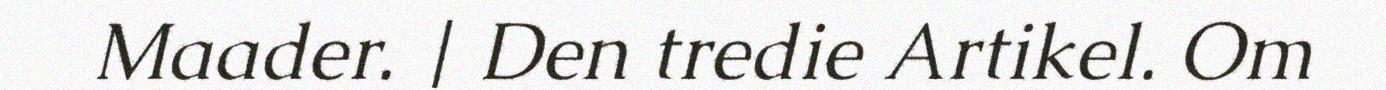
Maader. | Den tredie Artikel. Om